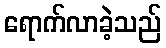
ရောက်လာခဲ့သည်